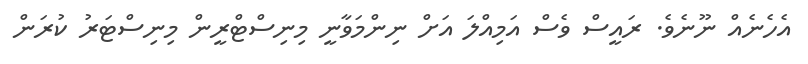
އެހެނެއް ނޫނެވެ. ރައީސް ވެސް އަމިއްލަ އަށް ނިންމަވާނީ މިނިސްޓްރީން މިނިސްޓަރު ކުރަން